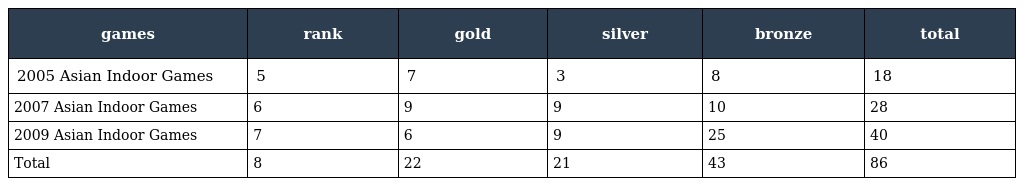
| games | rank | gold | silver | bronze | total |
 | --- | --- | --- | --- | --- | --- |
 | 2005 Asian Indoor Games | 5 | 7 | 3 | 8 | 18 |
 | 2007 Asian Indoor Games | 6 | 9 | 9 | 10 | 28 |
 | 2009 Asian Indoor Games | 7 | 6 | 9 | 25 | 40 |
 | Total | 8 | 22 | 21 | 43 | 86 |